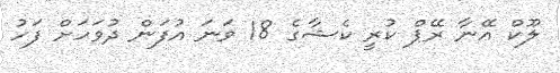
ލޫކް އޭނާ ރޭޕް ކުރީ ކެޝާގެ 18 ވަނަ އުފަން ދުވަހަށް ފަހު